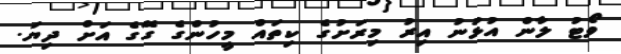
ވޯޓު ލާން އުޅުނު އިރު މިރަށުގެ ކިތައް މީހުންގެ ގޭގެ އަށް ދިޔަ.